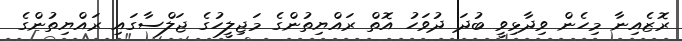
ރޮޒެއިނާ މިހެން ވިދާޅިވީ ބުދަ ދުވަހު އޮތް ރައްޔިތުންގެ މަޖިލީހުގެ ޖަލްސާގައި ރައްޔިތުންގެ